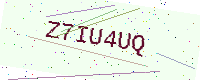
Text: Z7IU4UQ